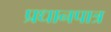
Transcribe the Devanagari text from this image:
प्रधानपात्र